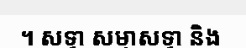
។ សទ្ធា សម្មាសទ្ធា និង